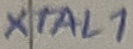
Text: XTAL1